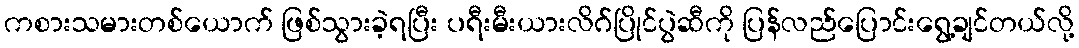
ကစားသမားတစ်ယောက် ဖြစ်သွားခဲ့ရပြီး ပရီးမီးယားလိဂ်ပြိုင်ပွဲဆီကို ပြန်လည်ပြောင်းရွေ့ချင်တယ်လို့